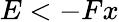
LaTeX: E<-Fx